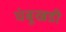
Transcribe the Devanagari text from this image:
चंबूखडी